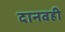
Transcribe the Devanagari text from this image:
दानवही